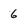
Character: 6